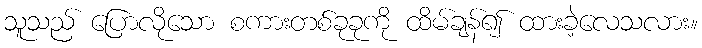
သူသည် ပြောလိုသော စကားတစ်ခုခုကို ထိမ်ချန်၍ ထားခဲ့လေသလား။